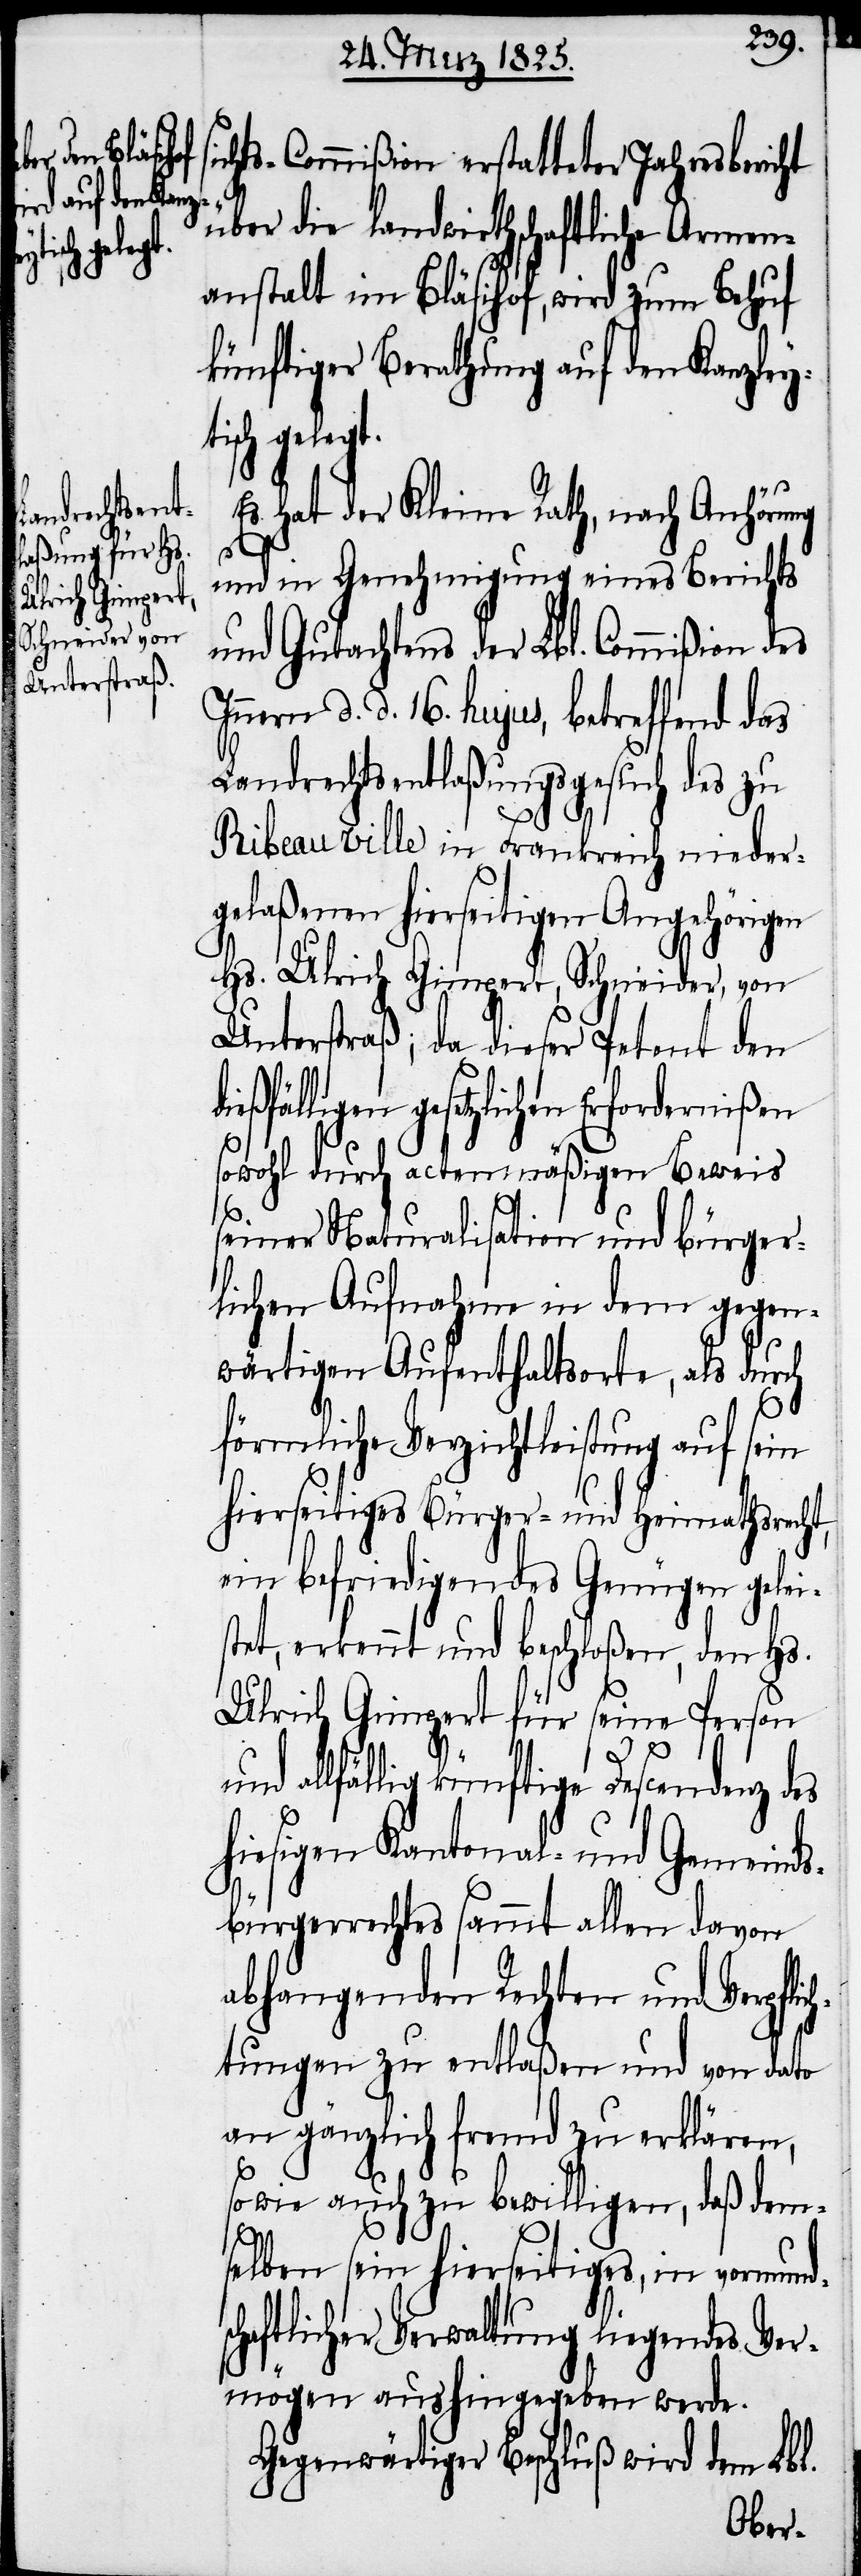
sch gelegt.

chts-Commißion erstatteter Jahresbericht
über die landwirthschaftliche Armen¬
anstalt im Bläsihof, wird zum Behuf
künftiger Berathung auf den Kanzley¬
Es hat der Kleine Rath, nach Anhörung
ch¬
und in Genehmigung eines Berichts
und Gutachtens der Lbl. Commißion des
Innern d. d. 16. hujus, betreffend das
Landrechtsentlaßungsgesuch des zu
Ribeauville in Frankreich nieder¬
gelaßenen hierseitigen Angehörigen
Hs. Ulrich Gimpert, Schneider, von
Unterstraß; da dieser Petent den
eßfälligen gesetzlichen Erfordernißen
sowohl durch actenmäßigen Beweis
seiner Naturalisation und bürger¬
lichen Aufnahme in dem gegen¬
wärtigen Aufenthaltsorte, als durch
förmliche Verzichtleistung auf sein
hierseitiges Bürger- und Heimathsrecht,
ein befriedigendes Genügen gelei¬
stet, erkennt und beschloßen, den Hs.
Ulrich Gimpert für seine Person
und allfällig künftige Descendenz des
hiesigen Kantonal- und Gemeinds¬
bürgerrechtes sammt allen davon
abhangenden Rechten und Verpfli¬
tungen zu entlaßen und von dato
an gänzlich fremd zu erklären,
sowie auch zu bewilligen, daß dem¬
selben sein hierseitiges, in vormunds¬
chaftlicher Verwaltung liegendes Ver¬
mögen aushingegeben werde.
Gegenwärtiger Beschluß wird dem Lbl.